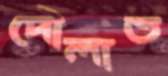
দৌলাত